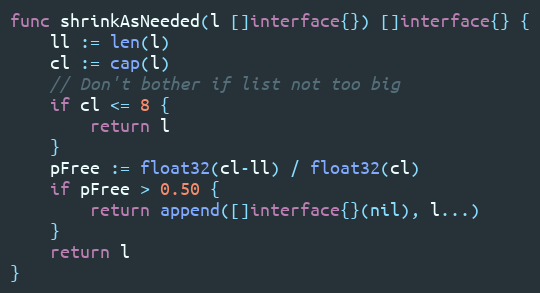
Language: Go
func shrinkAsNeeded(l []interface{}) []interface{} {
	ll := len(l)
	cl := cap(l)
	// Don't bother if list not too big
	if cl <= 8 {
		return l
	}
	pFree := float32(cl-ll) / float32(cl)
	if pFree > 0.50 {
		return append([]interface{}(nil), l...)
	}
	return l
}